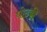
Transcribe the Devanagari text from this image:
घोटकी